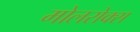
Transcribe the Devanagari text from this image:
मोलरोक्स